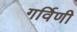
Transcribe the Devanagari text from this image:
गर्विणी